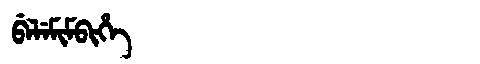
Manchu: ᠪᡝᠯᡝᠮᡳᠮᠪᡳᡥᡝ
Romanization: BELEMIMBIHE